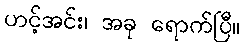
ဟင့်အင်း၊ အခု ရောက်ပြီ။